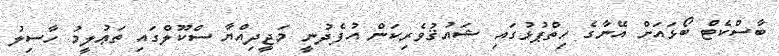
ބާސްކެޓް ބޯޅައަށް އޭނާގެ ހިތްޕުޅުގައި ޝައުޤުވެރިކަން އުފެދުނީ މަޖީދިއްޔާ ސްކޫލްގައި ތަޢުލީމު ހާސިލު